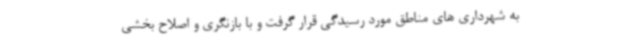
به شهرداری های مناطق مورد رسیدگی قرار گرفت و با بازنگری و اصلاح بخشی